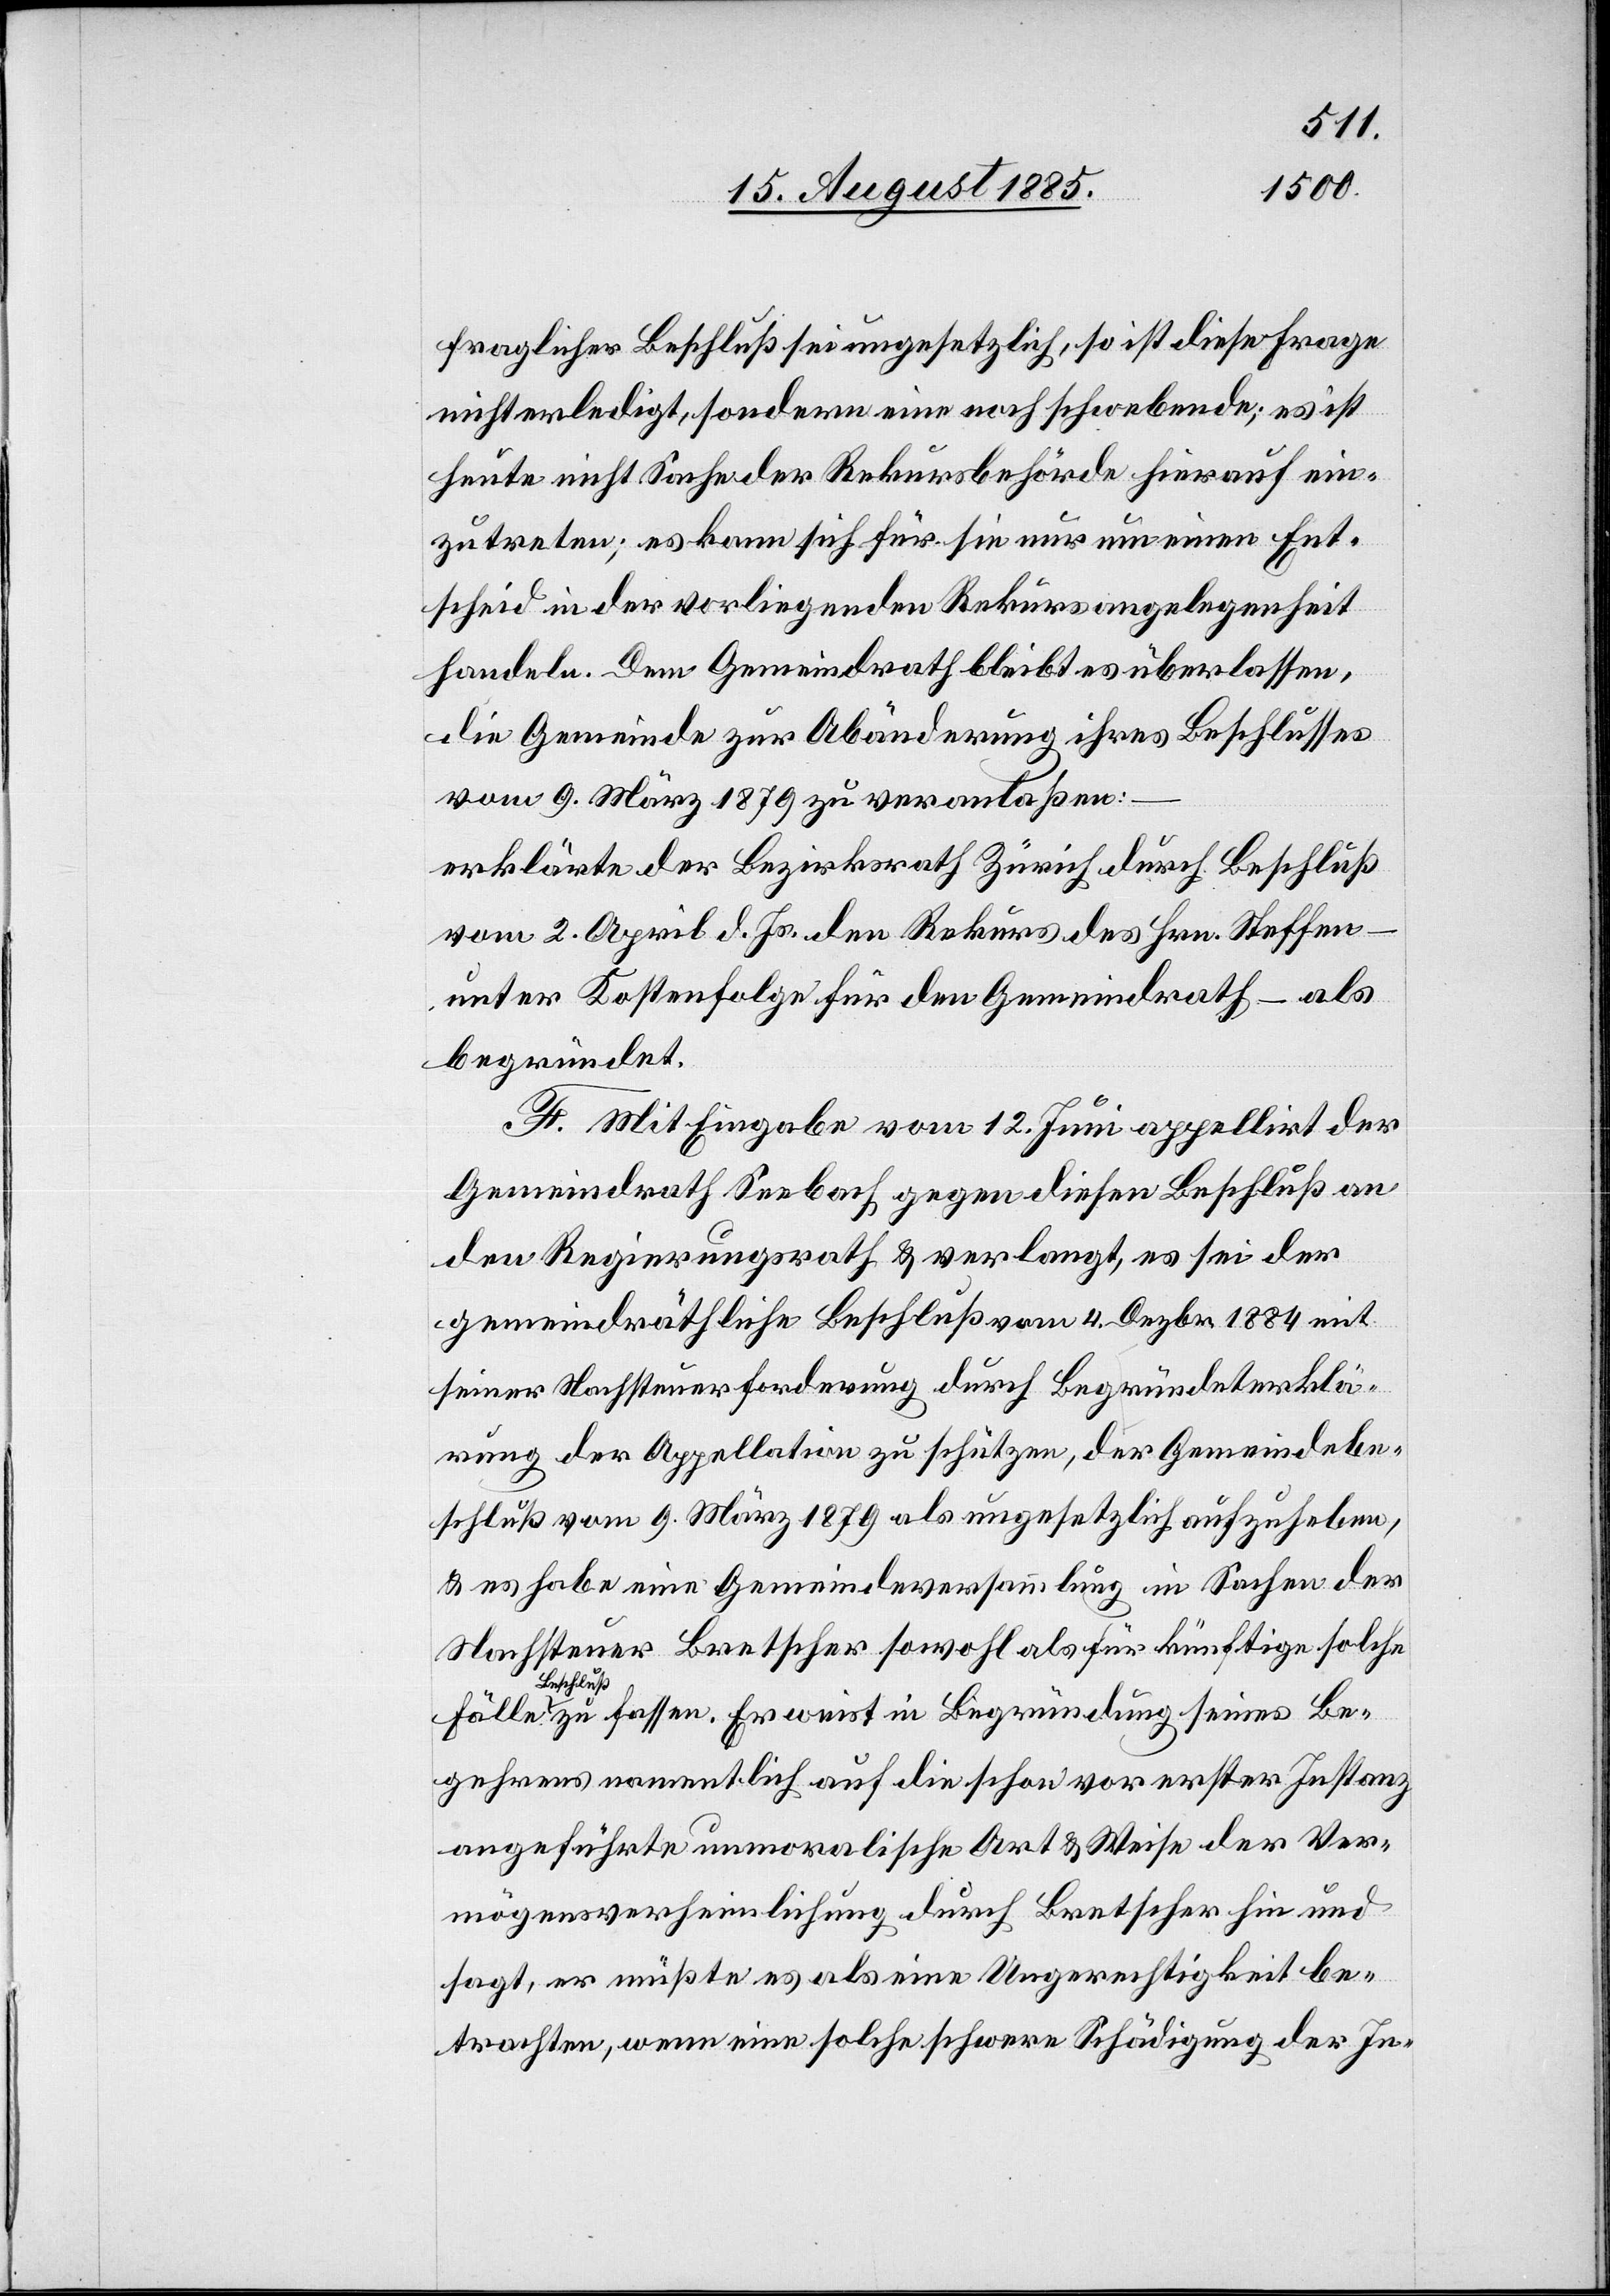
fraglicher Beschluß sei ungesetzlich, so ist diese Frage
nicht erledigt, sondern eine noch schwebende; es ist
heute nicht Sache der Rekursbehörde hierauf ein¬
zutreten; es kann sich für sie nur um einen Ent¬
scheid in der vorliegenden Rekursangelegenheit
handeln. Dem Gemeindrath bleibt es überlassen,
die Gemeinde zur Abänderung ihres Beschlusses
vom 9. März 1879 zu veranlaßen;
erklärte der Bezirksrath Zürich durch Beschluß
vom 2. April d. Js. den Rekurs des Hrn. Steffen
unter Kostenfolge für den Gemeindrath – als
begründet.
F. Mit Eingabe vom 12. Juni appellirt der
Gemeindrath Seebach gegen diesen Beschluß an
den Regierungsrath & verlangt, es sei der
gemeindräthliche Beschluß vom 4. Dezbr. 1884 mit
seiner Nachsteuerforderung durch Begründeterklä¬
rung der Appellation zu schützen, der Gemeindebe¬
schluß vom 9. März 1879 als ungesetzlich aufzuheben,
& es habe eine Gemeindeversammlung in Sachen der
Nachsteuer Bretscher sowohl als für künftige solche
Fälle Be¬
schluß zu fassen. Er weist in Begründung seines Be¬
gehrens namentlich auf die schon vor erster Instanz
angeführte unmoralische Art & Weise der Ver¬
mögensverheimlichung durch Bretscher hin und
sagt, er müßte es als eine Ungerechtigkeit be¬
trachten, wenn eine solche schwere Schädigung der In-